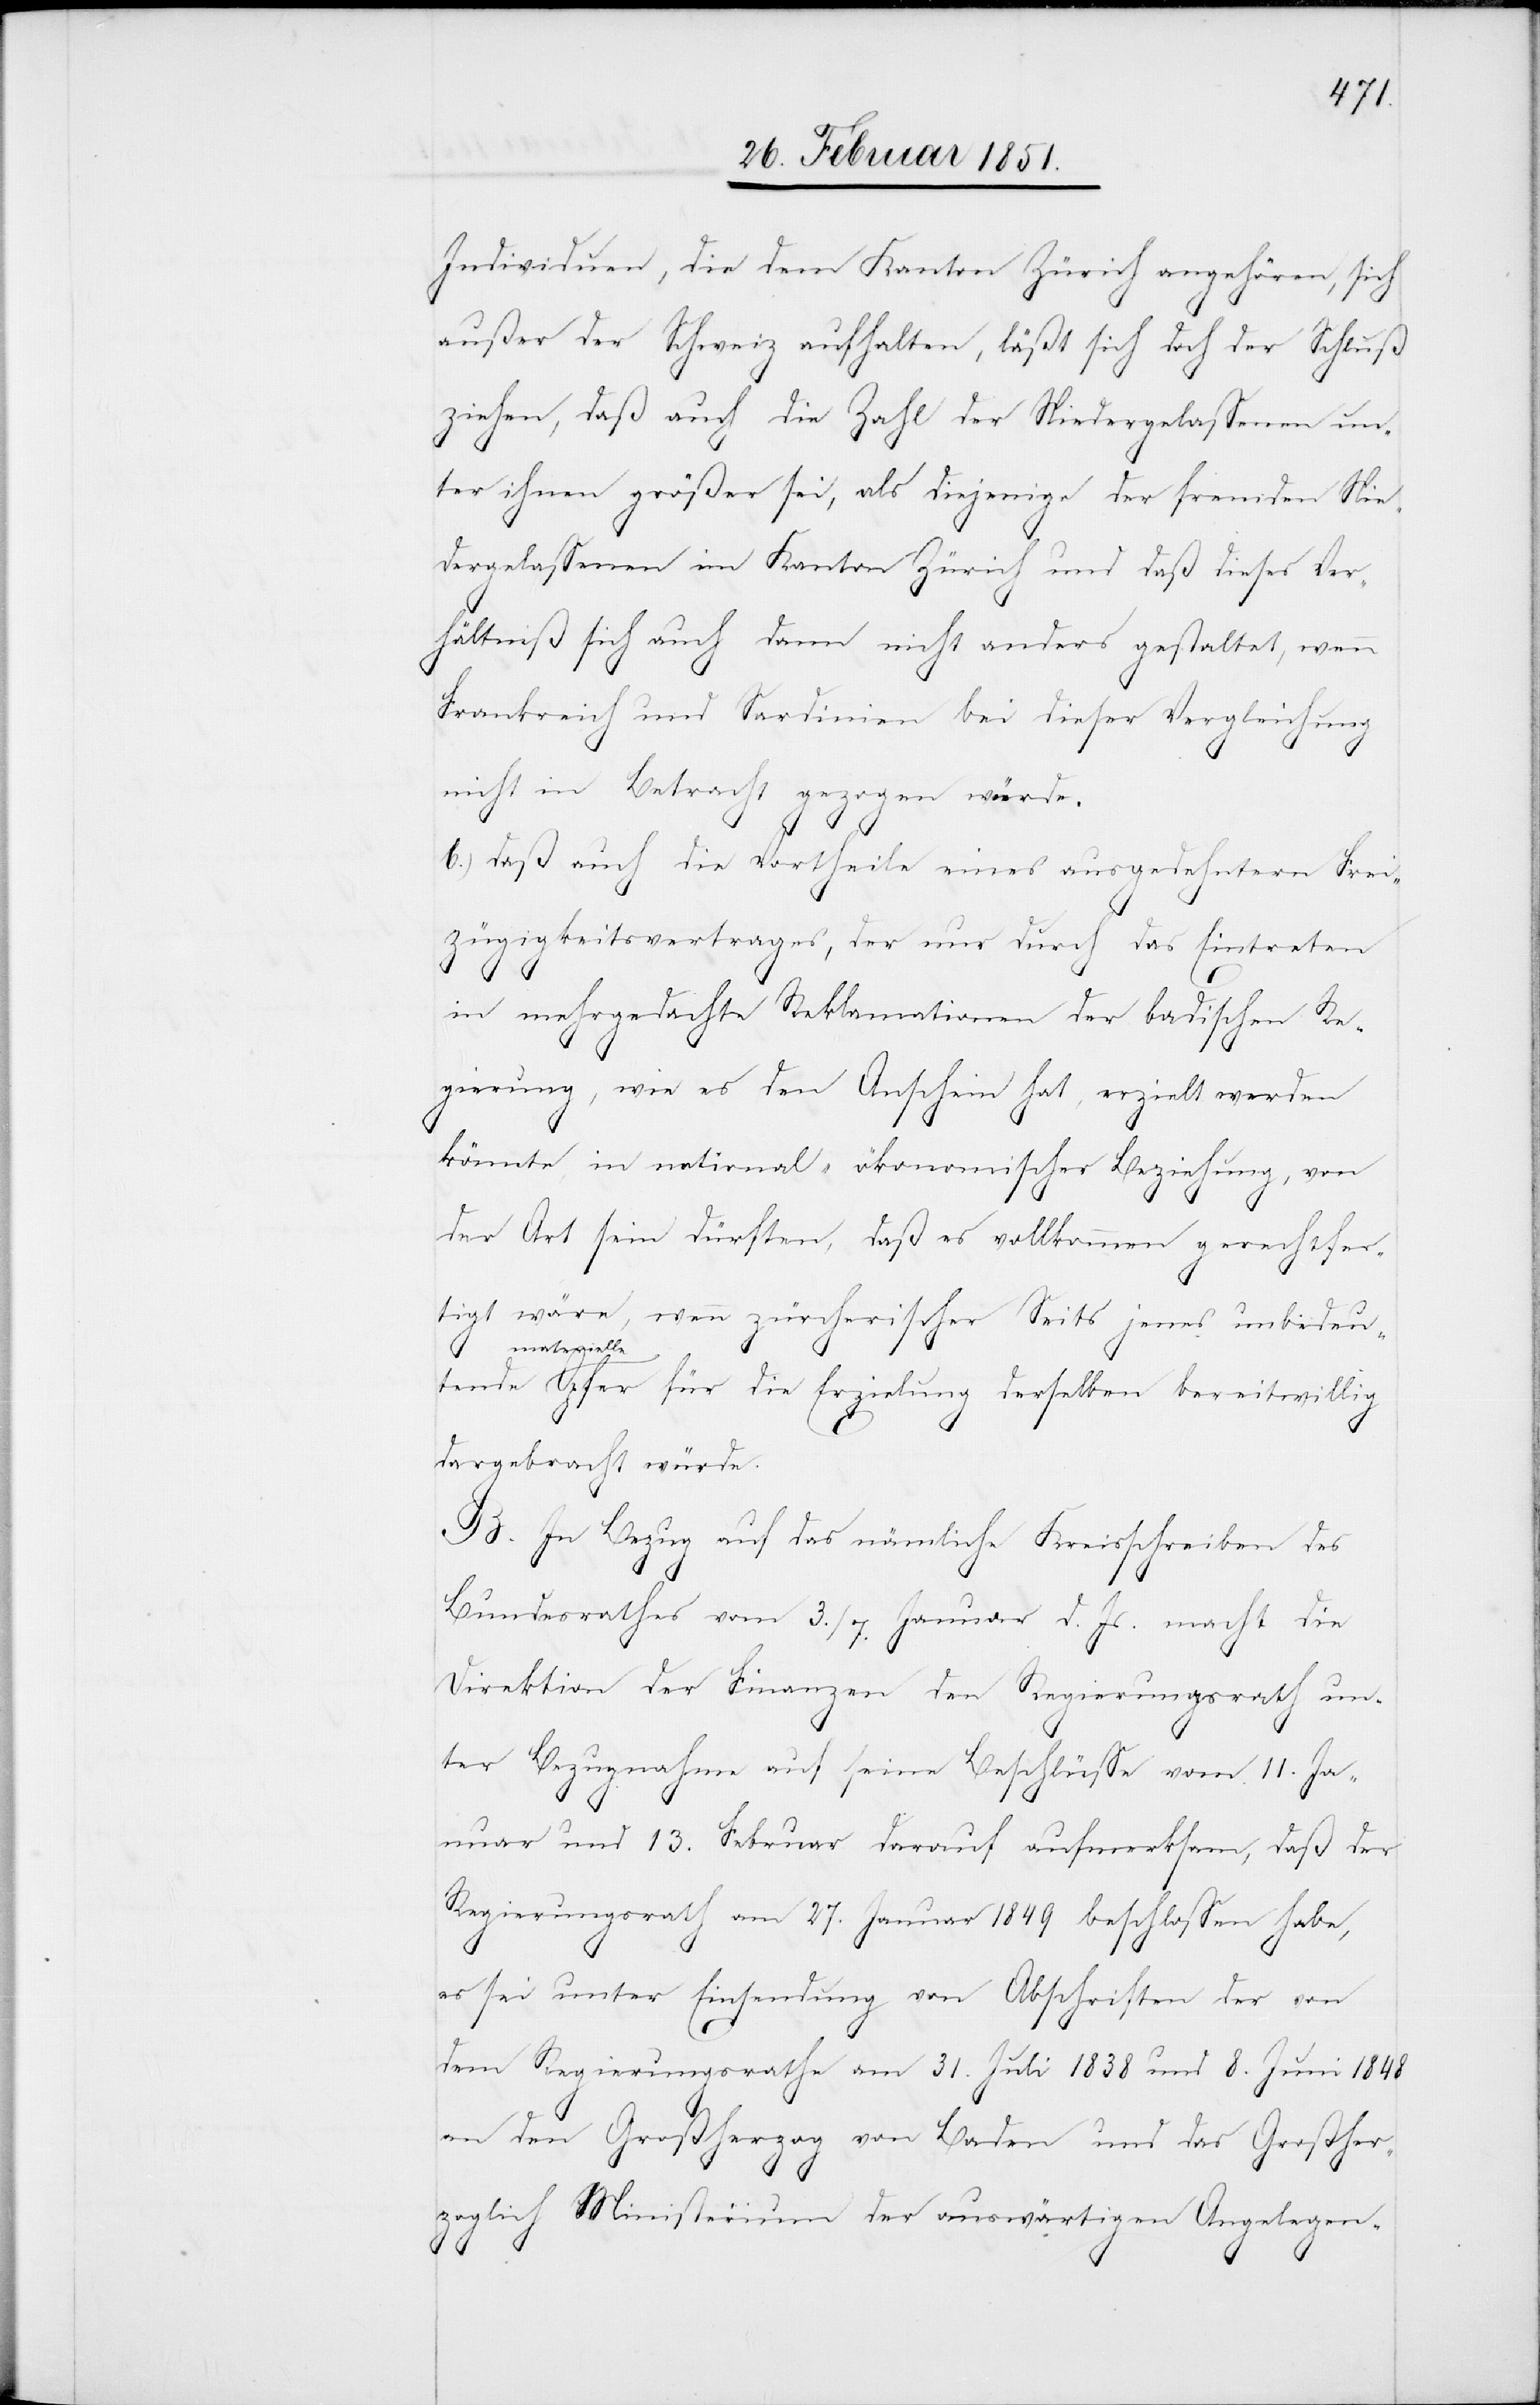
Individuen, die dem Kanton Zürich angehören, sich
außer der Schweiz aufhalten, läßt sich doch der Schluß
ziehen, daß auch die Zahl der Niedergelassenen un¬
ter ihnen größer sei, als diejenige der fremden Nie¬
dergelassenen im Kanton Zürich und daß dieses Ver¬
hältniß sich auch dann nicht anders gestaltet, wenn
Frankreich und Sardinien bei dieser Vergleichung
nicht in Betracht gezogen würd¬
b.) daß auch die Vortheile eines ausgedehntern Frei¬
zügigkeitsvertrages, der nur durch das Eintreten
e[n].
in mehrgedachte Reklamationen der badischen Re¬
gierung, wie es den Anschein hat, erzielt werden
könnte, in national-ökonomischer Beziehung, von
eri¬
der Art sein dürften, daß es vollkommen gerechtfer¬
tigt wäre, wenn zürcherischer Seits jenes unbedeu¬
elle Opfer für die Erzielung derselben bereitwillig
dargebracht würde.
B. In Bezug auf das nämliche Kreisschreiben des
Bundesrathes vom 3./7. Januar d. Js. macht die
Direktion der Finanzen den Regierungsrath un¬
ter Bezugnahme auf seine Beschlüsse vom 11. Jan¬
uar und 13. Februar darauf aufmerksam, daß der
Regierungsrath am 27. Januar 1849 beschlossen habe,
es sei unter Einsendung von Abschriften der von
dem Regierungsrathe am 31. Juli 1838 und 8. Juni 1848
an den Großherzog von Baden und das Großher¬
zoglich[e] Ministerium der auswärtigen Angelegen-